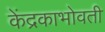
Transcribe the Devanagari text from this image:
केंद्रकाभोवती